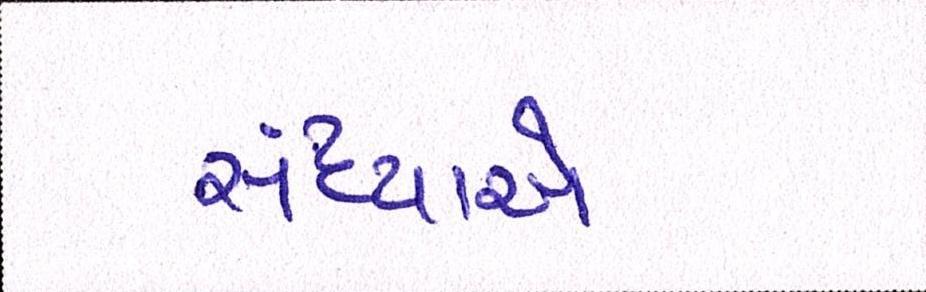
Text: સંધ્યાએ